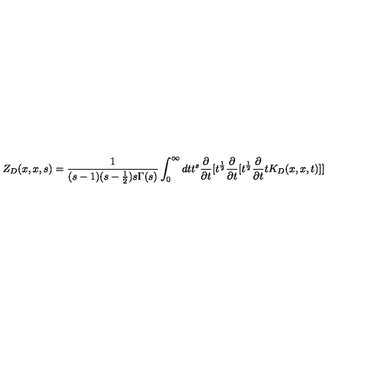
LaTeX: Z _ { D } ( x , x , s ) = { \frac { 1 } { ( s - 1 ) ( s - { \frac { 1 } { 2 } } ) s \Gamma ( s ) } } \int _ { 0 } ^ { \infty } d t t ^ { s } { \frac { \partial } { \partial t } } [ t ^ { \frac { 1 } { 2 } } { \frac { \partial } { \partial t } } [ t ^ { \frac { 1 } { 2 } } { \frac { \partial } { \partial t } } t K _ { D } ( x , x , t ) ] ]